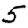
Digit: 5